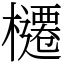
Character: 櫏